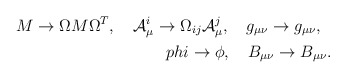
\begin{align*}M \to \Omega M \Omega^T ,\ \ \ {\cal A}^i_{\mu} \to \Omega_{ij}{\cal A}^j_{\mu}, \ \ \ g_{\mu\nu} \to g_{\mu\nu}, \ \ \\phi \to \phi, \ \ \ B_{\mu\nu} \to B_{\mu\nu}.\end{align*}